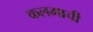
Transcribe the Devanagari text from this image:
कलमाची